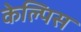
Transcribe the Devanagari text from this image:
केल्पिस